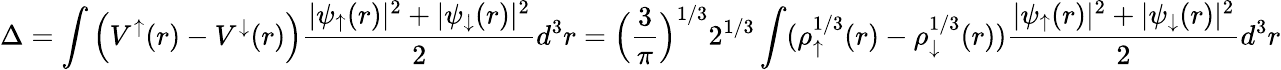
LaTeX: \Delta=\int\Big(V^{\uparrow}(r)-V^{\downarrow}(r)\Big)\frac{|\psi_{\uparrow}(r)|^{2}+|\psi_{\downarrow}(r)|^{2}}{2}d^{3}r=\Big(\frac{3}{\pi}\Big)^{1/3}2^{1/3}\int(\rho_{\uparrow}^{1/3}(r)-\rho_{\downarrow}^{1/3}(r))\frac{|\psi_{\uparrow}(r)|^{2}+|\psi_{\downarrow}(r)|^{2}}{2}d^{3}r